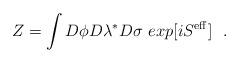
LaTeX: \begin{align*}Z=\int D\phi D\lambda ^* D\sigma \,\, exp [iS^{\rm eff}]\,\,\,\, .\end{align*}